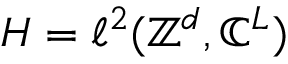
{ \cal H } = \ell ^ { 2 } ( { \mathbb Z } ^ { d } , { \mathbb C } ^ { L } )